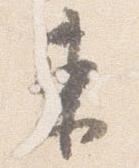
東